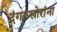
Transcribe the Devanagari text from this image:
दंगलखोरांना